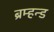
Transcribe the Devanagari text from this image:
ब्रम्हन्ड